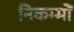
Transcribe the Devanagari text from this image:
निकम्मों